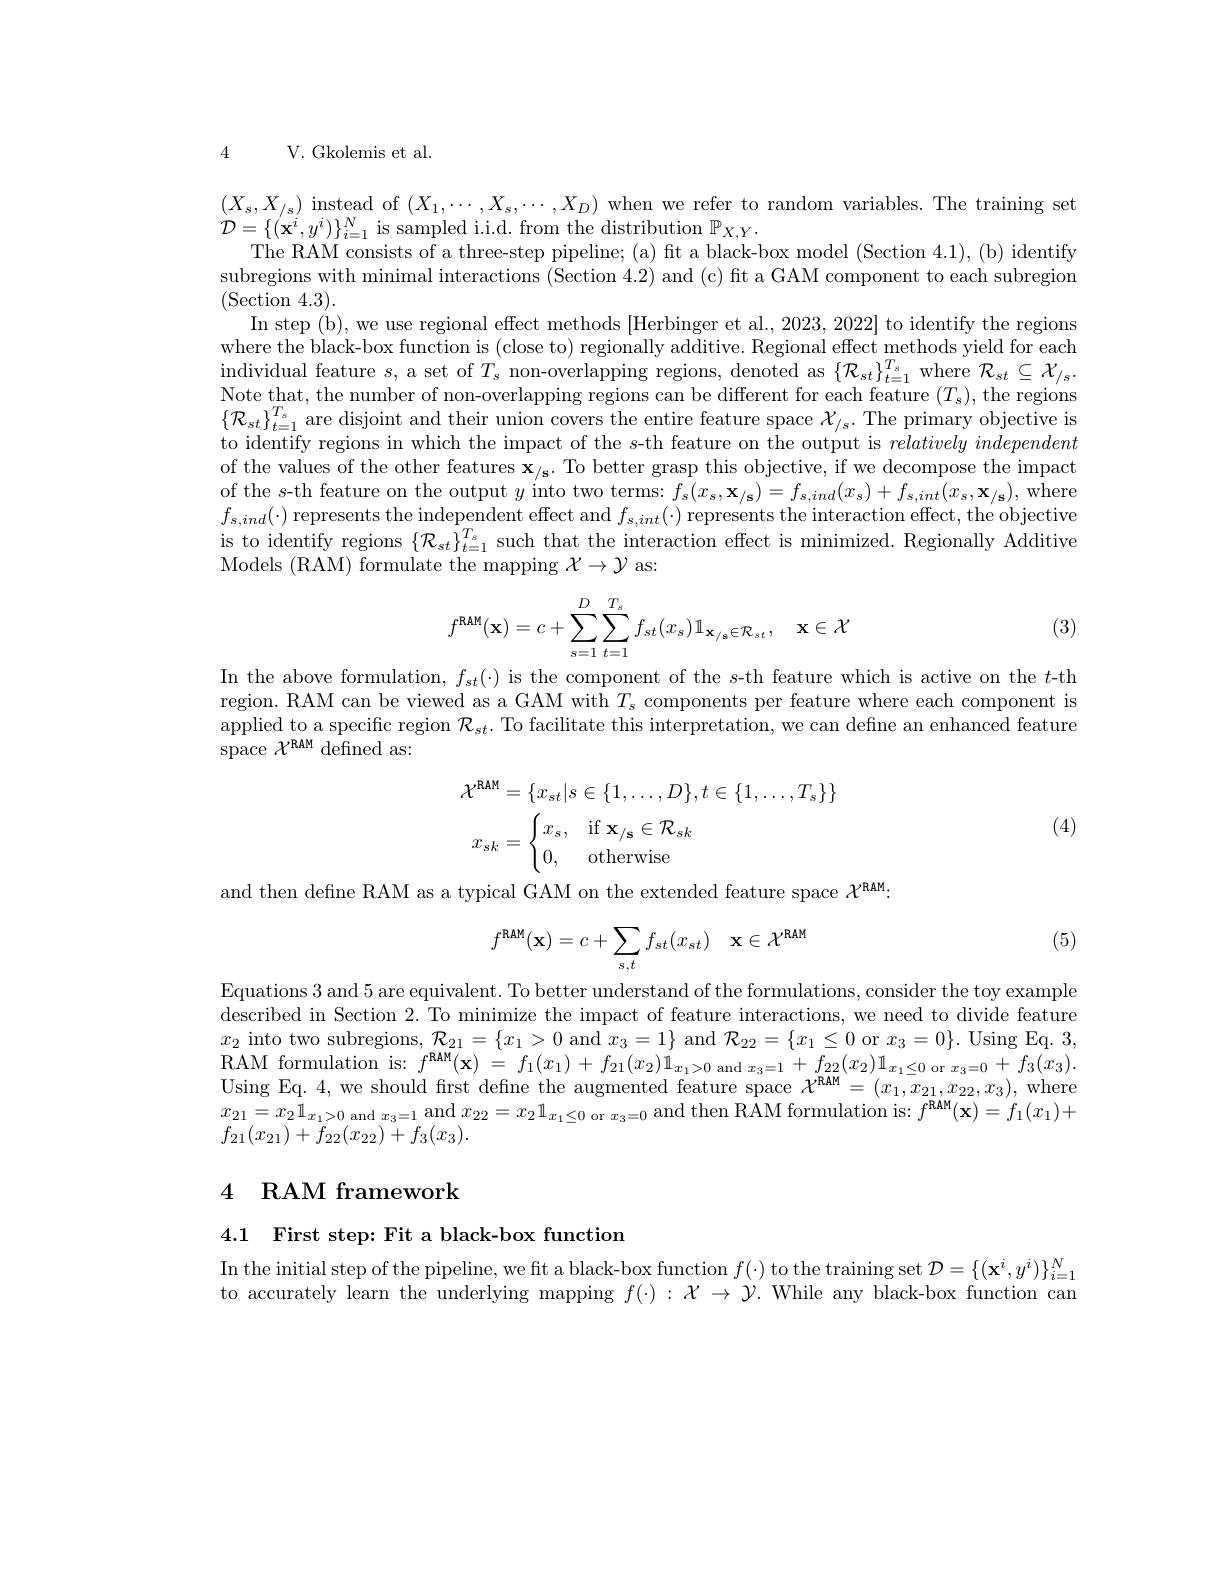
4 V. Gkolemis et al

$(X_{s},X_{/s})$ instead of $(X_1,\cdots,X_{s},\cdots,X_{D})$ when we refer to random variables. The training set
$\mathcal{D}=\{(\mathbf{x}^{i},y^{i})\}_{i=1}^{N}$ is sampled i.i.d. from the distribution $\mathbb{P}_X,Y.$
The RAM consists of a three-step pipeline; (a) fit a black-box model (Section 4.1), (b) identify subregions with minimal interactions (Section 4.2) and (c) fit a GAM component to each subregion (Section 4.3).
In step (b), we use regional effect methods [Herbinger et al., 2023, 2022] to identify the regions where the black-box function is (close to) regionally additive. Regional effect methods yield for each individual feature $s$, a set of $T_s$ non-overlapping regions, denoted as $\{\mathcal{R}_{st}\}_{t=1}^{T_s}$ where $\mathcal{R}_st\subseteq\mathcal{X}_{/s}.$ $\begin{array}{l}\text{Note that, the number of non-overlapping regions can be different for each feature }(T_s),\mathrm{~the~regions}\end{array}$ $\{\mathcal{R}_{st}\}_{t=1}^{T_{s}}$are disjoint and their union covers the entire feature space $\mathcal{X}_/s.$ The primary objective is to identify regions in which the impact of the s-th feature on the output is $relatively\textit{independent}$ of the values of the other features $\mathbf{x}_{/\mathbf{s}}.$ To better grasp this objective, if we decompose the impact of the s-th feature on the output $y$ into two terms: $f_s(x_s,\mathbf{x}_{/\mathbf{s}})=f_{s,ind}(x_s)+f_{s,int}(x_s,\mathbf{x}_{/\mathbf{s}})$, where $f_{s,ind}(\cdot)$ represents the independent effect and $f_s, int( \cdot )$ represents the interaction effect, the objective is to identify regions $\{\mathcal{R}_{st}\}_{t=1}^{T_{s}}$ such that the interaction effect is minimized. Regionally Additive Models (RAM) formulate the mapping $\mathcal{X}\to\mathcal{Y}$ as:
$$f^{\mathbf{RAM}}(\mathbf{x})=c+\sum_{s=1}^{D}\sum_{t=1}^{T_{s}}f_{st}(x_{s})\mathbb{1}_{\mathbf{x}_{/s}\in\mathcal{R}_{st}},\quad\mathbf{x}\in\mathcal{X}$$
(3)

In the above formulation, $f_st(\cdot)$ is the component of the $s$-th feature which is active on the $t$-th region. RAM can be viewed as a GAM with $T_s$ components per feature where each component is applied to a specific region $\mathcal{R}_st.$ To facilitate this interpretation, we can define an enhanced feature space $\mathcal{X}^\mathrm{RAM}$ defined as:
$$\begin{aligned}&\mathcal{X}^{\mathrm{RAM}}=\{x_{st}|s\in\{1,\ldots,D\},t\in\{1,\ldots,T_{s}\}\}\\&x_{sk}=\begin{cases}x_s,&\text{if }\mathbf{x}_{/\mathbf{s}}\in\mathcal{R}_{sk}\\0,&\text{otherwise}\end{cases}\\\end{aligned}$$
and then define RAM as a typical GAM on the extended feature space $\mathcal{X}^\mathrm{RAM}:$

(4)

(5)
$$f^{\text{RAM}}(\mathbf{x})=c+\sum_{s,t}f_{st}(x_{st})\quad\mathbf{x}\in\mathcal{X}^{\text{RAM}}$$
Equations 3 and 5 are equivalent. To better understand of the formulations, consider the toy example described in Section 2. To minimize the impact of feature interactions, we need to divide feature $x_2$ into two subregions, $\mathcal{R}_21=\{x_1>0$ and $x_3=1\}$ and $\mathcal{R}_22=\{x_1\leq0$ or $x_3=0\}.$ Using Eq. 3, RAM formulation is: $f^{\mathbf{RAM}}( \mathbf{x} )$ = $f_{1}( x_{1})$ + $f_{21}( x_{2}) 1_{x_{1}> 0\mathrm{~and~}x_{3}= 1}$ + $f_{22}( x_{2}) 1_{x_{1}\leq 0\mathrm{~or~}x_{3}= 0}$ + $f_{3}( x_{3}) .$ Using Eq. 4, we should first define the augmented feature space $\mathcal{X}^{\mathbf{RAM}}=(x_{1},x_{21},x_{22},x_{3})$, where $\begin{array}{l}{x_{21}=x_{2}\mathbb{1}_{x_{1}>0\mathrm{~and~}x_{3}=1}\mathrm{~and~}x_{22}=x_{2}\mathbb{1}_{x_{1}\leq0\mathrm{~or~}x_{3}=0}\mathrm{~and~then~RAM~formulation~is:~}f^{\mathbf{RAM}}(\mathbf{x})=f_{1}(x_{1})+}\\{f_{21}(x_{21})+f_{22}(x_{22})+f_{3}(x_{3}).}\end{array}$

# 4 RAM framework

4.1 First step: Fit a black-box function

In the initial step of the pipeline, we fit a black-box function $f(\cdot)$ to the training set $\mathcal{D}=\{(\mathbf{x}^i,y^i)\}_i=1^N$ to accurately learn the underlying mapping $f(\cdot):\mathcal{X}\to\mathcal{Y}.$ While any black-box function can